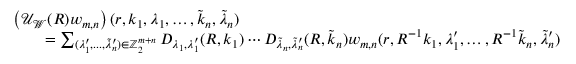
\begin{array} { r l r } { \lefteqn { \left( \mathcal { U } _ { \mathcal { W } } ( R ) w _ { m , n } \right) ( r , k _ { 1 } , \lambda _ { 1 } , \ldots , \widetilde { k } _ { n } , \widetilde { \lambda } _ { n } ) } } \\ & { } & { = \sum _ { ( \lambda _ { 1 } ^ { \prime } , . . . , \widetilde { \lambda } _ { n } ^ { \prime } ) \in { \mathord { \mathbb Z } } _ { 2 } ^ { m + n } } D _ { \lambda _ { 1 } , \lambda _ { 1 } ^ { \prime } } ( R , k _ { 1 } ) \cdots D _ { \widetilde { \lambda } _ { n } , \widetilde { \lambda } _ { n } ^ { \prime } } ( R , \widetilde { k } _ { n } ) w _ { m , n } ( r , R ^ { - 1 } k _ { 1 } , \lambda _ { 1 } ^ { \prime } , \ldots , R ^ { - 1 } \widetilde { k } _ { n } , \widetilde { \lambda } _ { n } ^ { \prime } ) } \end{array}